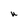
Character: U